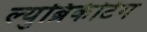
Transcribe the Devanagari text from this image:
ल्युब्रिकेटिंग